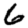
Digit: 6